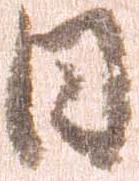
日